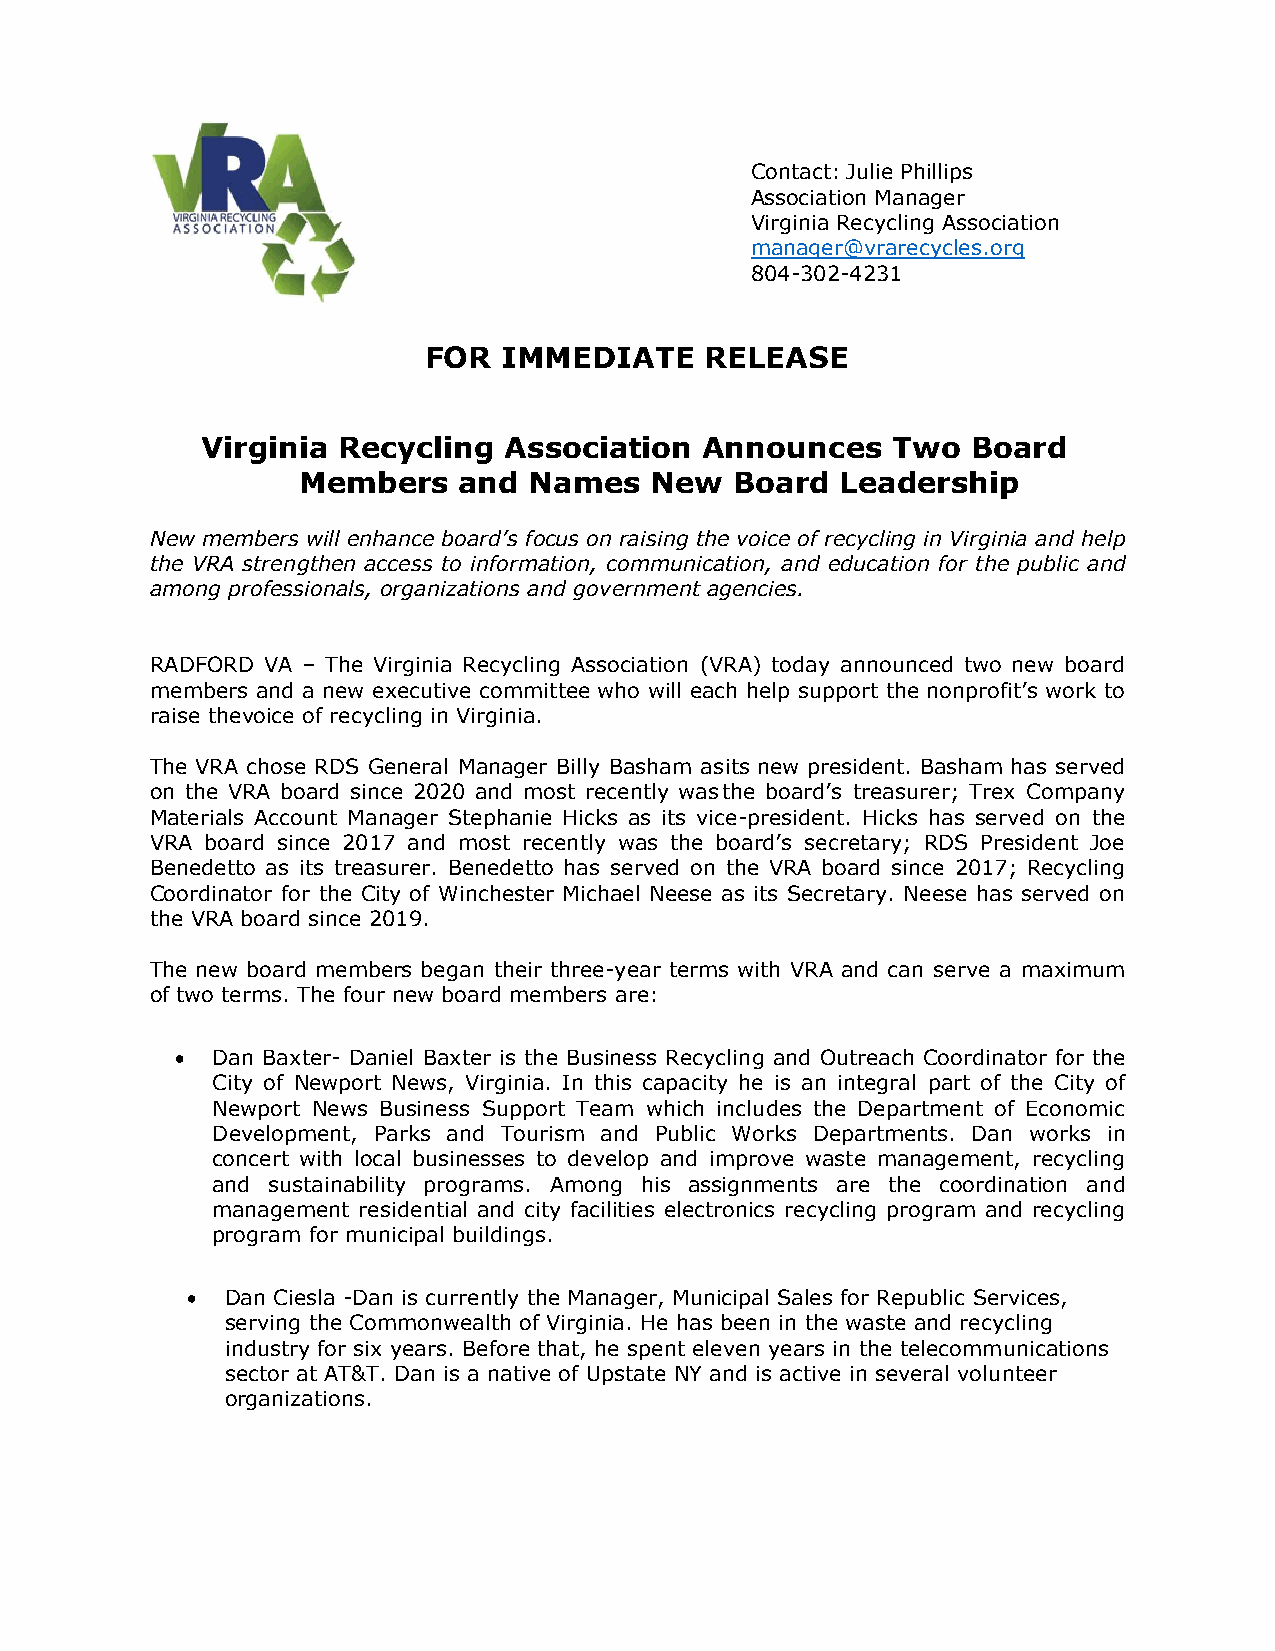
Contact: Julie Phillips
 Association Manager
 Virginia Recycling Association
 manager@vrarecycles.org
 804-302-4231
 FOR  IMMEDIATE     RELEASE
 Virginia Recycling  Association   Announces   Two  Board
 Members   and  Names   New   Board  Leadership
 New members will enhance board’s focus on raising the voice of recycling in Virginia and help
 the VRA strengthen access to information, communication, and education for the public and
 among professionals, organizations and government agencies.
 RADFORD VA – The Virginia Recycling Association (VRA) today announced two new board
 members and a new executive committee who will each help support the nonprofit’s work to
 raise the voice of recycling in Virginia.
 The VRA chose RDS General Manager Billy Basham as its new president. Basham has served
 on the VRA board since 2020 and most recently was the board’s treasurer; Trex Company
 Materials Account Manager Stephanie Hicks as its vice-president. Hicks has served on the
 VRA board since 2017 and most recently was the board’s secretary; RDS President Joe
 Benedetto as its treasurer. Benedetto has served on the VRA board since 2017; Recycling
 Coordinator for the City of Winchester Michael Neese as its Secretary. Neese has served on
 the VRA board since 2019.
 The new board members began their three-year terms with VRA and can serve a maximum
 of two terms. The four new board members are:
  Dan Baxter- Daniel Baxter is the Business Recycling and Outreach Coordinator for the
 City of Newport News, Virginia. In this capacity he is an integral part of the City of
 Newport News Business Support Team which includes the Department of Economic
 Development, Parks and Tourism and Public Works Departments. Dan works in
 concert with local businesses to develop and improve waste management, recycling
 and sustainability programs. Among his assignments are the coordination and
 management residential and city facilities electronics recycling program and recycling
 program for municipal buildings.
   Dan Ciesla -Dan is currently the Manager, Municipal Sales for Republic Services,
 serving the Commonwealth of Virginia. He has been in the waste and recycling
 industry for six years. Before that, he spent eleven years in the telecommunications
 sector at AT&T. Dan is a native of Upstate NY and is active in several volunteer
 organizations.